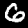
Label: 6